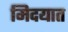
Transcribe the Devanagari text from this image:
मिदयात